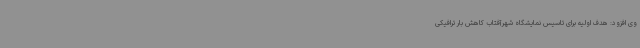
وی افزود: هدف اولیه برای تاسیس نمایشگاه شهرآفتاب کاهش بار ترافیکی